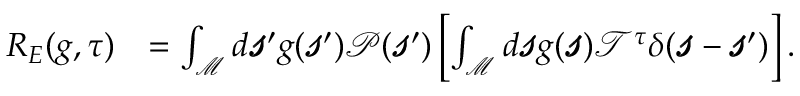
\begin{array} { r l } { R _ { E } ( g , \tau ) } & { = \int _ { \mathcal { M } } d \pmb { \mathscr { s } } ^ { \prime } g ( \pmb { \mathscr { s } } ^ { \prime } ) \mathscr { P } ( \pmb { \mathscr { s } } ^ { \prime } ) \left[ \int _ { \mathcal { M } } d \pmb { \mathscr { s } } g ( \pmb { \mathscr { s } } ) \mathscr { T } ^ { \tau } \delta ( \pmb { \mathscr { s } } - \pmb { \mathscr { s } } ^ { \prime } ) \right] . } \end{array}